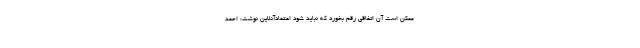
ممکن است آن اتفاقی رقم بخورد که نباید شود اعتمادآنلاین نوشت: احمد